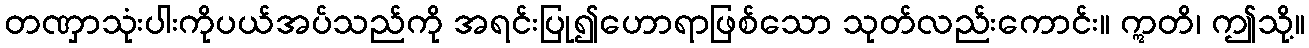
တဏှာသုံးပါးကိုပယ်အပ်သည်ကို အရင်းပြု၍ဟောရာဖြစ်သော သုတ်လည်းကောင်း။ ဣတိ၊ ဤသို့။